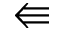
\Lleftarrow